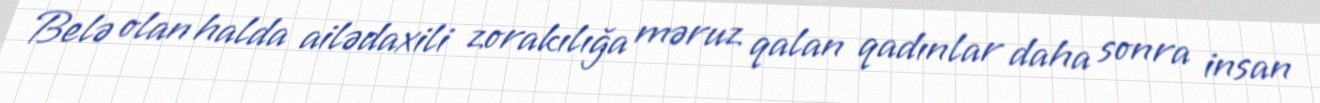
Belə olan halda ailədaxili zorakılığa məruz qalan qadınlar daha sonra insan